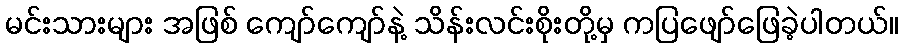
မင်းသားများ အဖြစ် ကျော်ကျော်နဲ့ သိန်းလင်းစိုးတို့မှ ကပြဖျော်ဖြေခဲ့ပါတယ်။